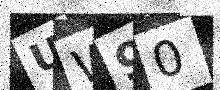
Text: UW90